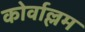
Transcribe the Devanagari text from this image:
कोर्वाल्लम